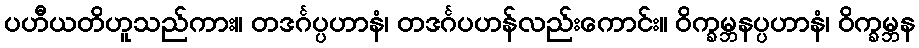
ပဟီယတိဟူသည်ကား။ တဒင်္ဂပ္ပဟာနံ၊ တဒင်္ဂပဟန်လည်းကောင်း။ ဝိက္ခမ္ဘနပ္ပဟာနံ၊ ဝိက္ခမ္ဘန